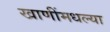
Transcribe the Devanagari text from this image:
खाणींमधल्या